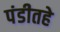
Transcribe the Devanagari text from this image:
पंडीतहे